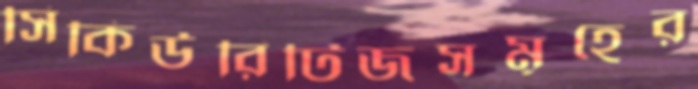
সিকিউরিটিজসমূহের